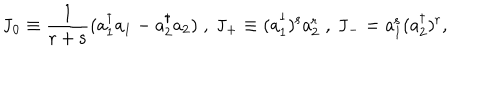
\mathrm { J _ { 0 } \equiv \frac { 1 } { r + s } ( a _ { 1 } ^ { \dagger } a _ { 1 } - a _ { 2 } ^ { \dagger } a _ { 2 } ) \; , \; \mathrm { J _ { + } \equiv ( a _ { 1 } ^ { \dagger } ) ^ { s } a _ { 2 } ^ { r } \; , \; \mathrm { J _ { - } = a _ { 1 } ^ { s } ( a _ { 2 } ^ { \dagger } ) ^ { r } , } } }